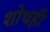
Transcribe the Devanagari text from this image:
शोथही